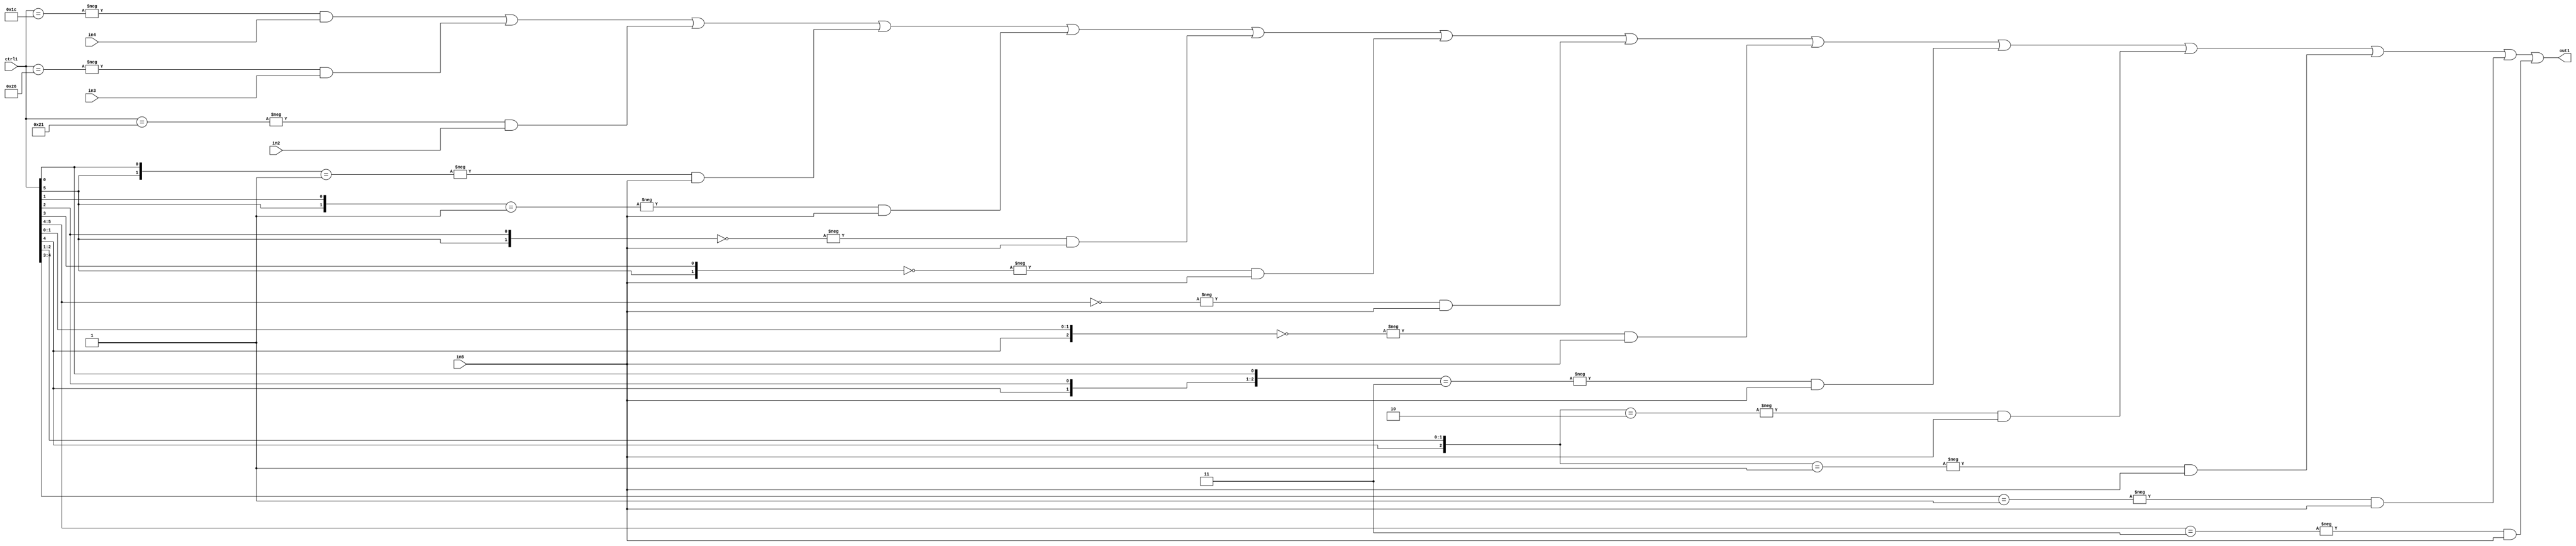
`timescale 1ps / 1ps
/*****************************************************************************
    Verilog RTL Description
    
    
    Created by: Stratus DpOpt 21.05.01 
*******************************************************************************/

module SobelFilter_N_Mux_32_4_50_4 (
	in5,
	in4,
	in3,
	in2,
	ctrl1,
	out1
	); /* architecture "behavioural" */ 
input [31:0] in5;
input [8:0] in4,
	in3,
	in2;
input [5:0] ctrl1;
output [31:0] out1;
wire [31:0] asc001;

assign asc001 = 
	-{ctrl1 == 6'B011100} & in4 |
	-{ctrl1 == 6'B100110} & in3 |
	-{ctrl1 == 6'B100001} & in2 |
	-{{ctrl1[5], ctrl1[0]} == 2'B01} & in5 |
	-{{ctrl1[5], ctrl1[1]} == 2'B01} & in5 |
	-{{ctrl1[5], ctrl1[2]} == 2'B00} & in5 |
	-{{ctrl1[5], ctrl1[3]} == 2'B00} & in5 |
	-{ctrl1[5:4] == 2'B00} & in5 |
	-{{ctrl1[4], ctrl1[1:0]} == 3'B000} & in5 |
	-{{ctrl1[4], ctrl1[2], ctrl1[0]} == 3'B011} & in5 |
	-{{ctrl1[4], ctrl1[2:1]} == 3'B010} & in5 |
	-{{ctrl1[4], ctrl1[2:1]} == 3'B001} & in5 |
	-{ctrl1[4:3] == 2'B01} & in5 |
	-{ctrl1[5:4] == 2'B11} & in5 ;

assign out1 = asc001;
endmodule

/* CADENCE  vLb5TQk= : u9/ySxbfrwZIxEzHVQQV8Q== ** DO NOT EDIT THIS LINE ******/